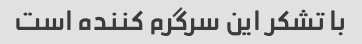
با تشکر این سرگرم کننده است